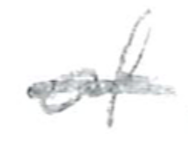
Text: of
Cross-out: single-line
Writing tool: pencil